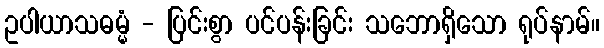
ဥပါယာသဓမ္မံ - ပြင်းစွာ ပင်ပန်းခြင်း သဘောရှိသော ရုပ်နာမ်။